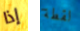
إذا لقطة